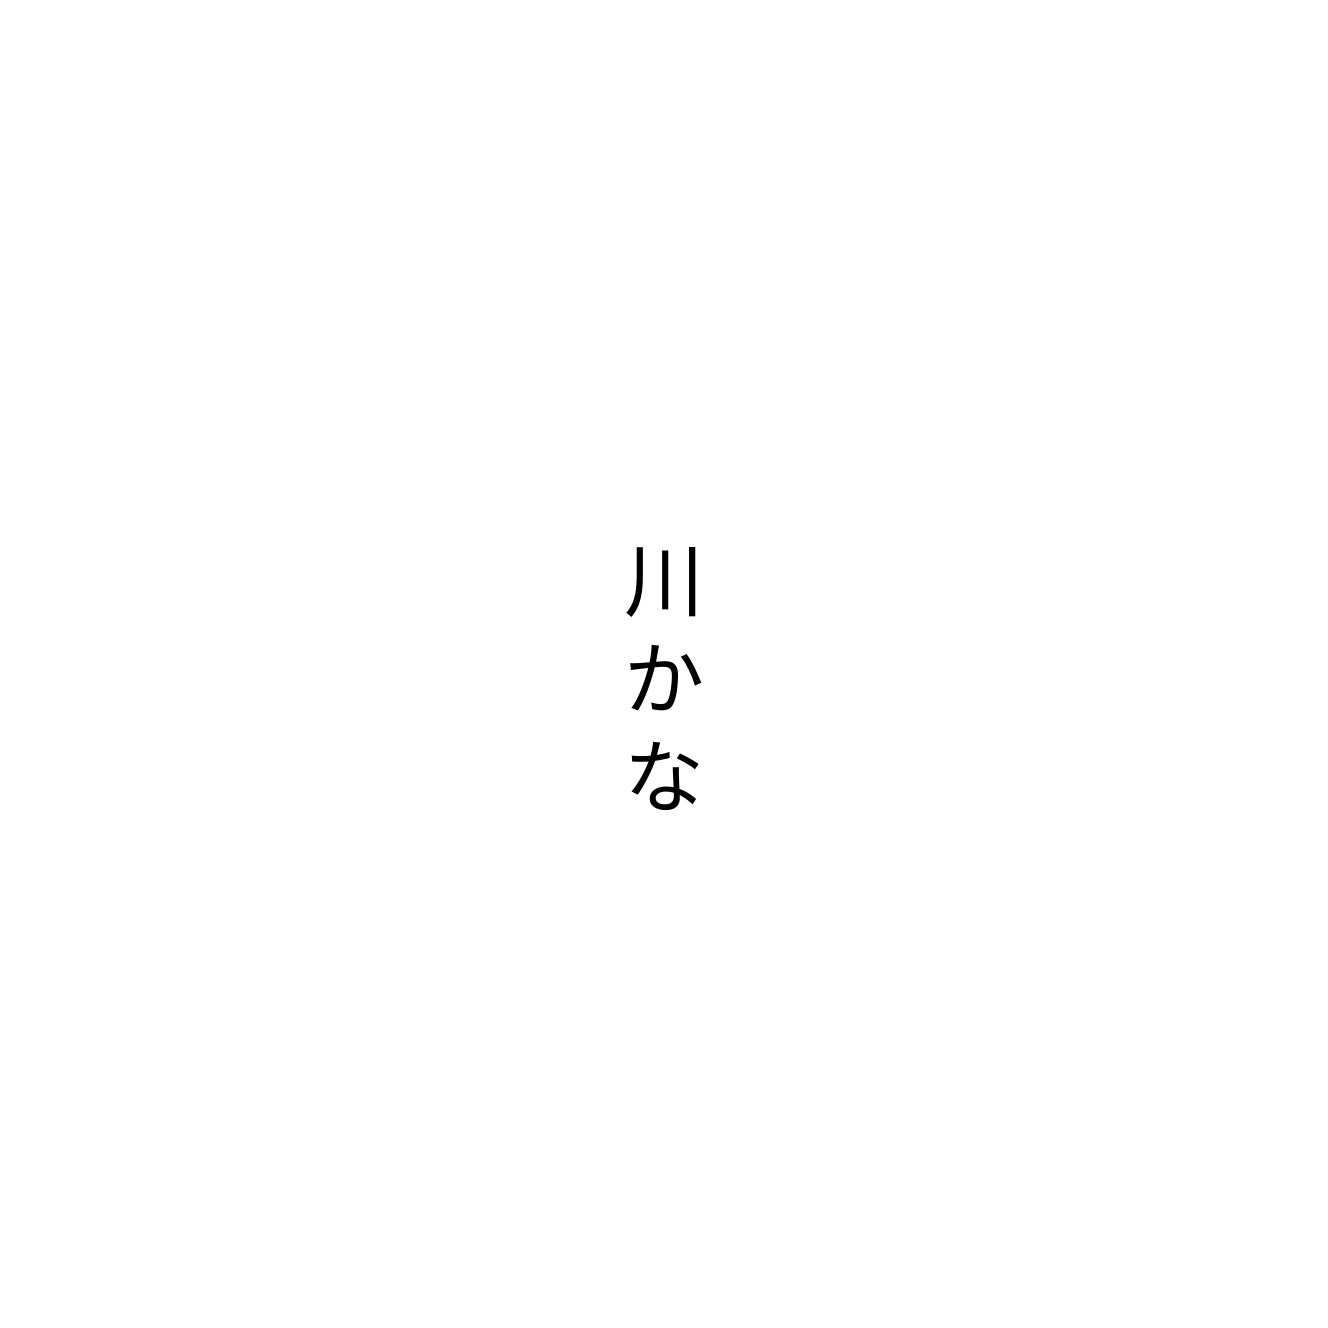
川かな